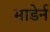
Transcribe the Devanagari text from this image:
माडेर्न